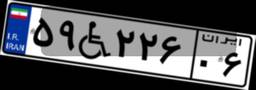
۵۹W۲۲۶۰۶